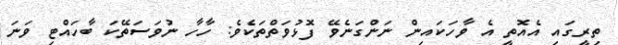
ތިރީގައި އެއޮތީ އެ ވާހަކައިން ނަންގަނެވޭ ފޮޅުވަތްތަކެވެ: ހާހާ ނުވަސަތޭކަ ބާހައްޓި ވަނަ